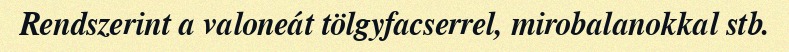
Rendszerint a valoneát tölgyfacserrel, mirobalanokkal stb.